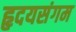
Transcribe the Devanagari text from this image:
हृदयसंगम